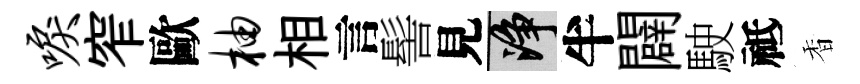
唳窄歐柚相言髻見净半闢駛祗香